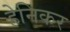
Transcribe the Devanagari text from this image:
हेनिकर